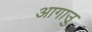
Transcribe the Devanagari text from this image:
आगाउु